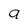
Character: a